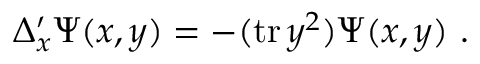
\Delta _ { x } ^ { \prime } \Psi ( x , y ) = - ( \mathrm { t r } \, y ^ { 2 } ) \Psi ( x , y ) \ .